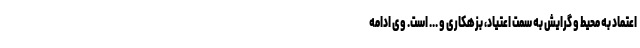
اعتماد به محیط و گرایش به سمت اعتیاد، بزهکاری و ... است. وی ادامه